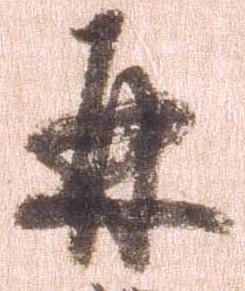
并